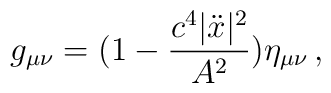
g_{\mu\nu}=(1-\frac{c^4|\ddot{x}|^2}{A^2})\eta_{\mu\nu}\,{,}